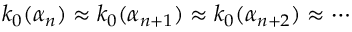
k _ { 0 } ( \alpha _ { n } ) \approx k _ { 0 } ( \alpha _ { n + 1 } ) \approx k _ { 0 } ( \alpha _ { n + 2 } ) \approx \cdots